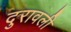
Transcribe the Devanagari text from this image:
दुरावली